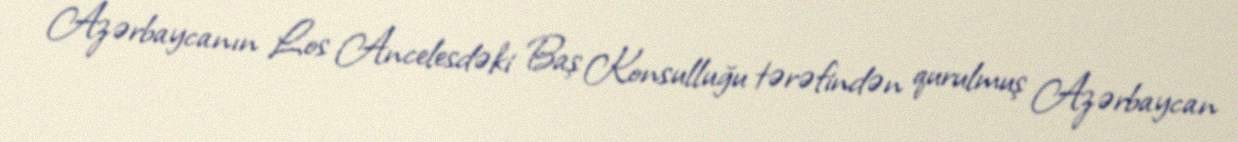
Azərbaycanın Los Ancelesdəki Baş Konsulluğu tərəfindən qurulmuş Azərbaycan